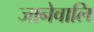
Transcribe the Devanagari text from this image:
जानेवालि